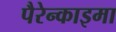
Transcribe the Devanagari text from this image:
पैरेन्काइमा